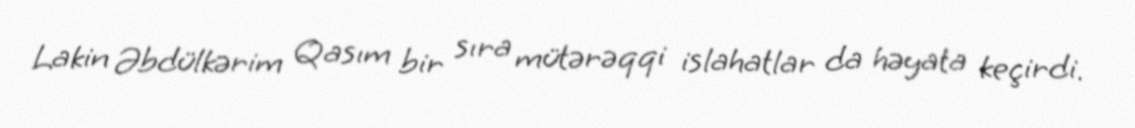
Lakin Əbdülkərim Qasım bir sıra mütərəqqi islahatlar da həyata keçirdi.